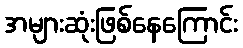
အများဆုံးဖြစ်နေကြောင်း